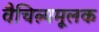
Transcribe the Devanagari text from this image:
वैचित्र्यमूलक